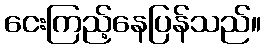
ငေးကြည့်နေပြန်သည်။